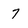
Character: 7